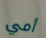
أمي